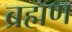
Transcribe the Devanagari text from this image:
ब्रह्मण